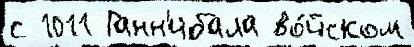
с 1011 Ганн'ибала во́йском